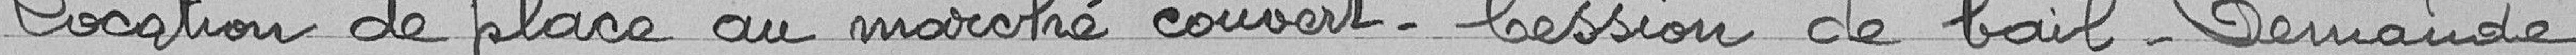
Location de place au marché couvert - Cession de bail - Demande